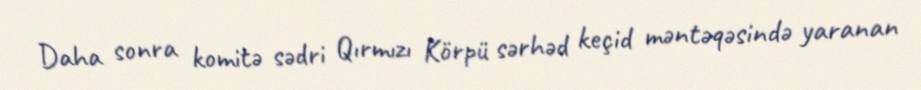
Daha sonra komitə sədri Qırmızı Körpü sərhəd keçid məntəqəsində yaranan